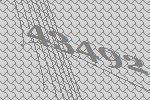
43492